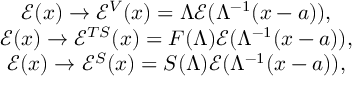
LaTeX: \begin{array} { c } { { \mathcal { E } ( x ) \rightarrow \mathcal { E } ^ { V } ( x ) = \Lambda \mathcal { E } ( \Lambda ^ { - 1 } ( x - a ) ) , } } \\ { { \mathcal { E } ( x ) \rightarrow \mathcal { E } ^ { T S } ( x ) = F ( \Lambda ) \mathcal { E } ( \Lambda ^ { - 1 } ( x - a ) ) , } } \\ { { \mathcal { E } ( x ) \rightarrow \mathcal { E } ^ { S } ( x ) = S ( \Lambda ) \mathcal { E } ( \Lambda ^ { - 1 } ( x - a ) ) , } } \end{array}